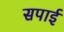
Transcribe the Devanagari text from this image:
सपाई